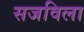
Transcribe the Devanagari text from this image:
सजविला